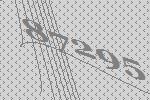
87295